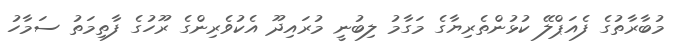
މުބާރާތުގެ ފެއަޕްލޭ ކުޅުންތެރިޔާގެ މަގާމު ލިބުނީ މުރައިދޫ އެކުވެރިންގެ ރޫހުގެ ފާތިމަތު ސަމާހު